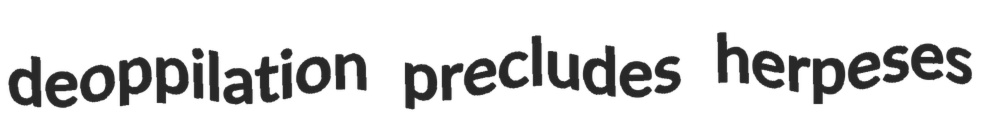
deoppilation precludes herpeses